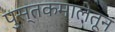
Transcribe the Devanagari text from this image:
पुस्तकमालेतून